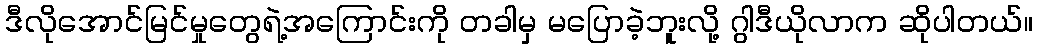
ဒီလိုအောင်မြင်မှုတွေရဲ့အကြောင်းကို တခါမှ မပြောခဲ့ဘူးလို့ ဂွါဒီယိုလာက ဆိုပါတယ်။